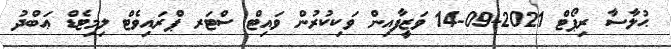
ޙުލާސާ ރިޕޯޓް 2021-09-14 ވަޒީފާއިން ވަކިކުރުން ވައިޓް ސްޓަރ ޕްރައިވެޓް ލިމިޓެޑް ޢަބްދު